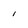
Character: 1